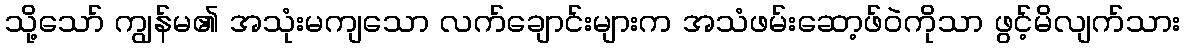
သို့သော် ကျွန်မ၏ အသုံးမကျသော လက်ချောင်းများက အသံဖမ်းဆော့ဖ်ဝဲကိုသာ ဖွင့်မိလျက်သား